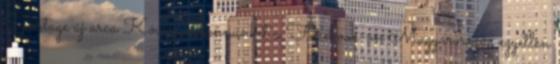
Sportage új arca Kövessen bennünket a Facebook-on Magyarország egyetlen